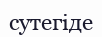
сутегіде